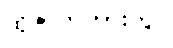
ထိုဇာတ်ကားတွင်